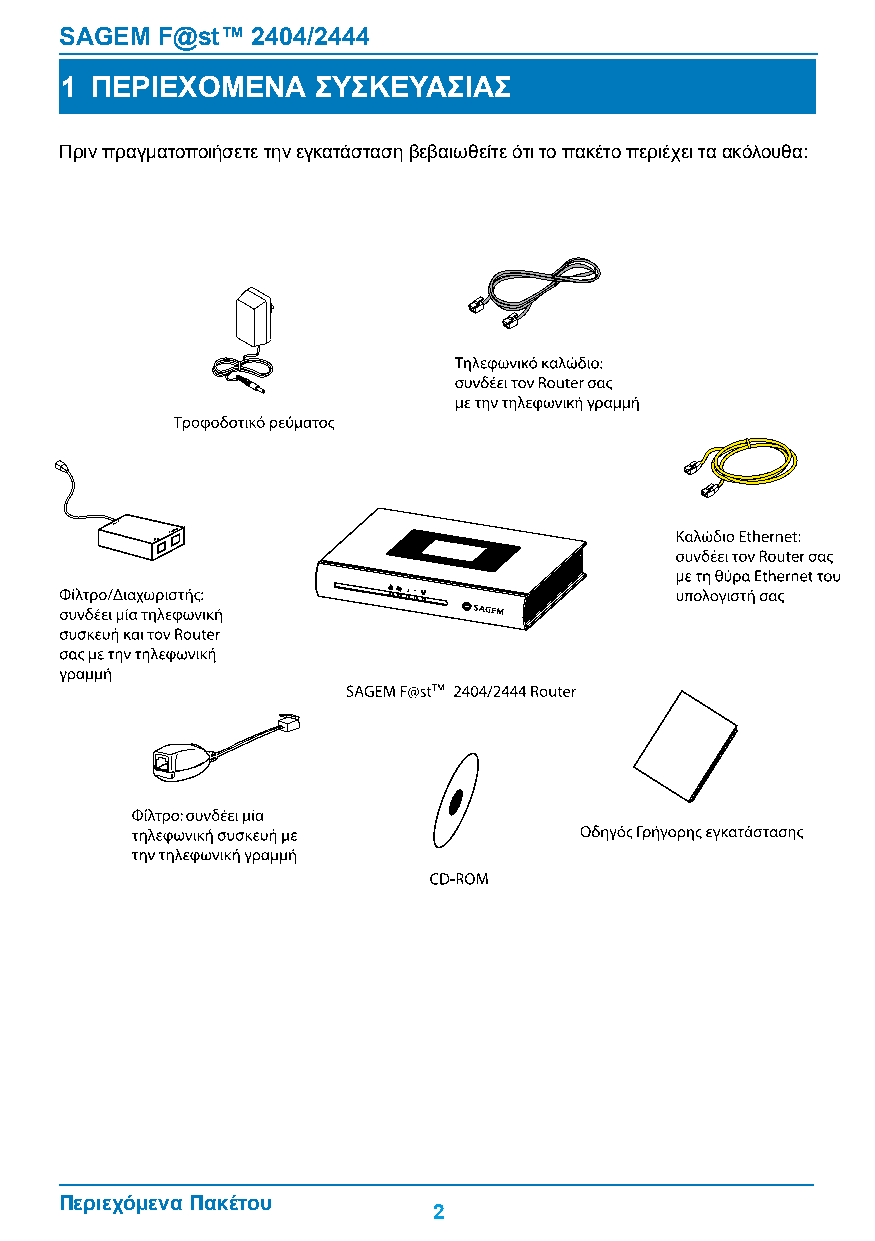
SAGEM F@st™  2404/2444
 1 ΠΕΡΙΕΧΟΜΕΝΑ    ΣΥΣΚΕΥΑΣΙΑΣ
 πριν πραγματοποιήσετε την εγκατάσταση βεβαιωθείτε ότι το πακέτο περιέχει τα ακόλουθα:
 ENIL
 DSL
 PHONE
 Περιεχόμενα Πακέτου
 2